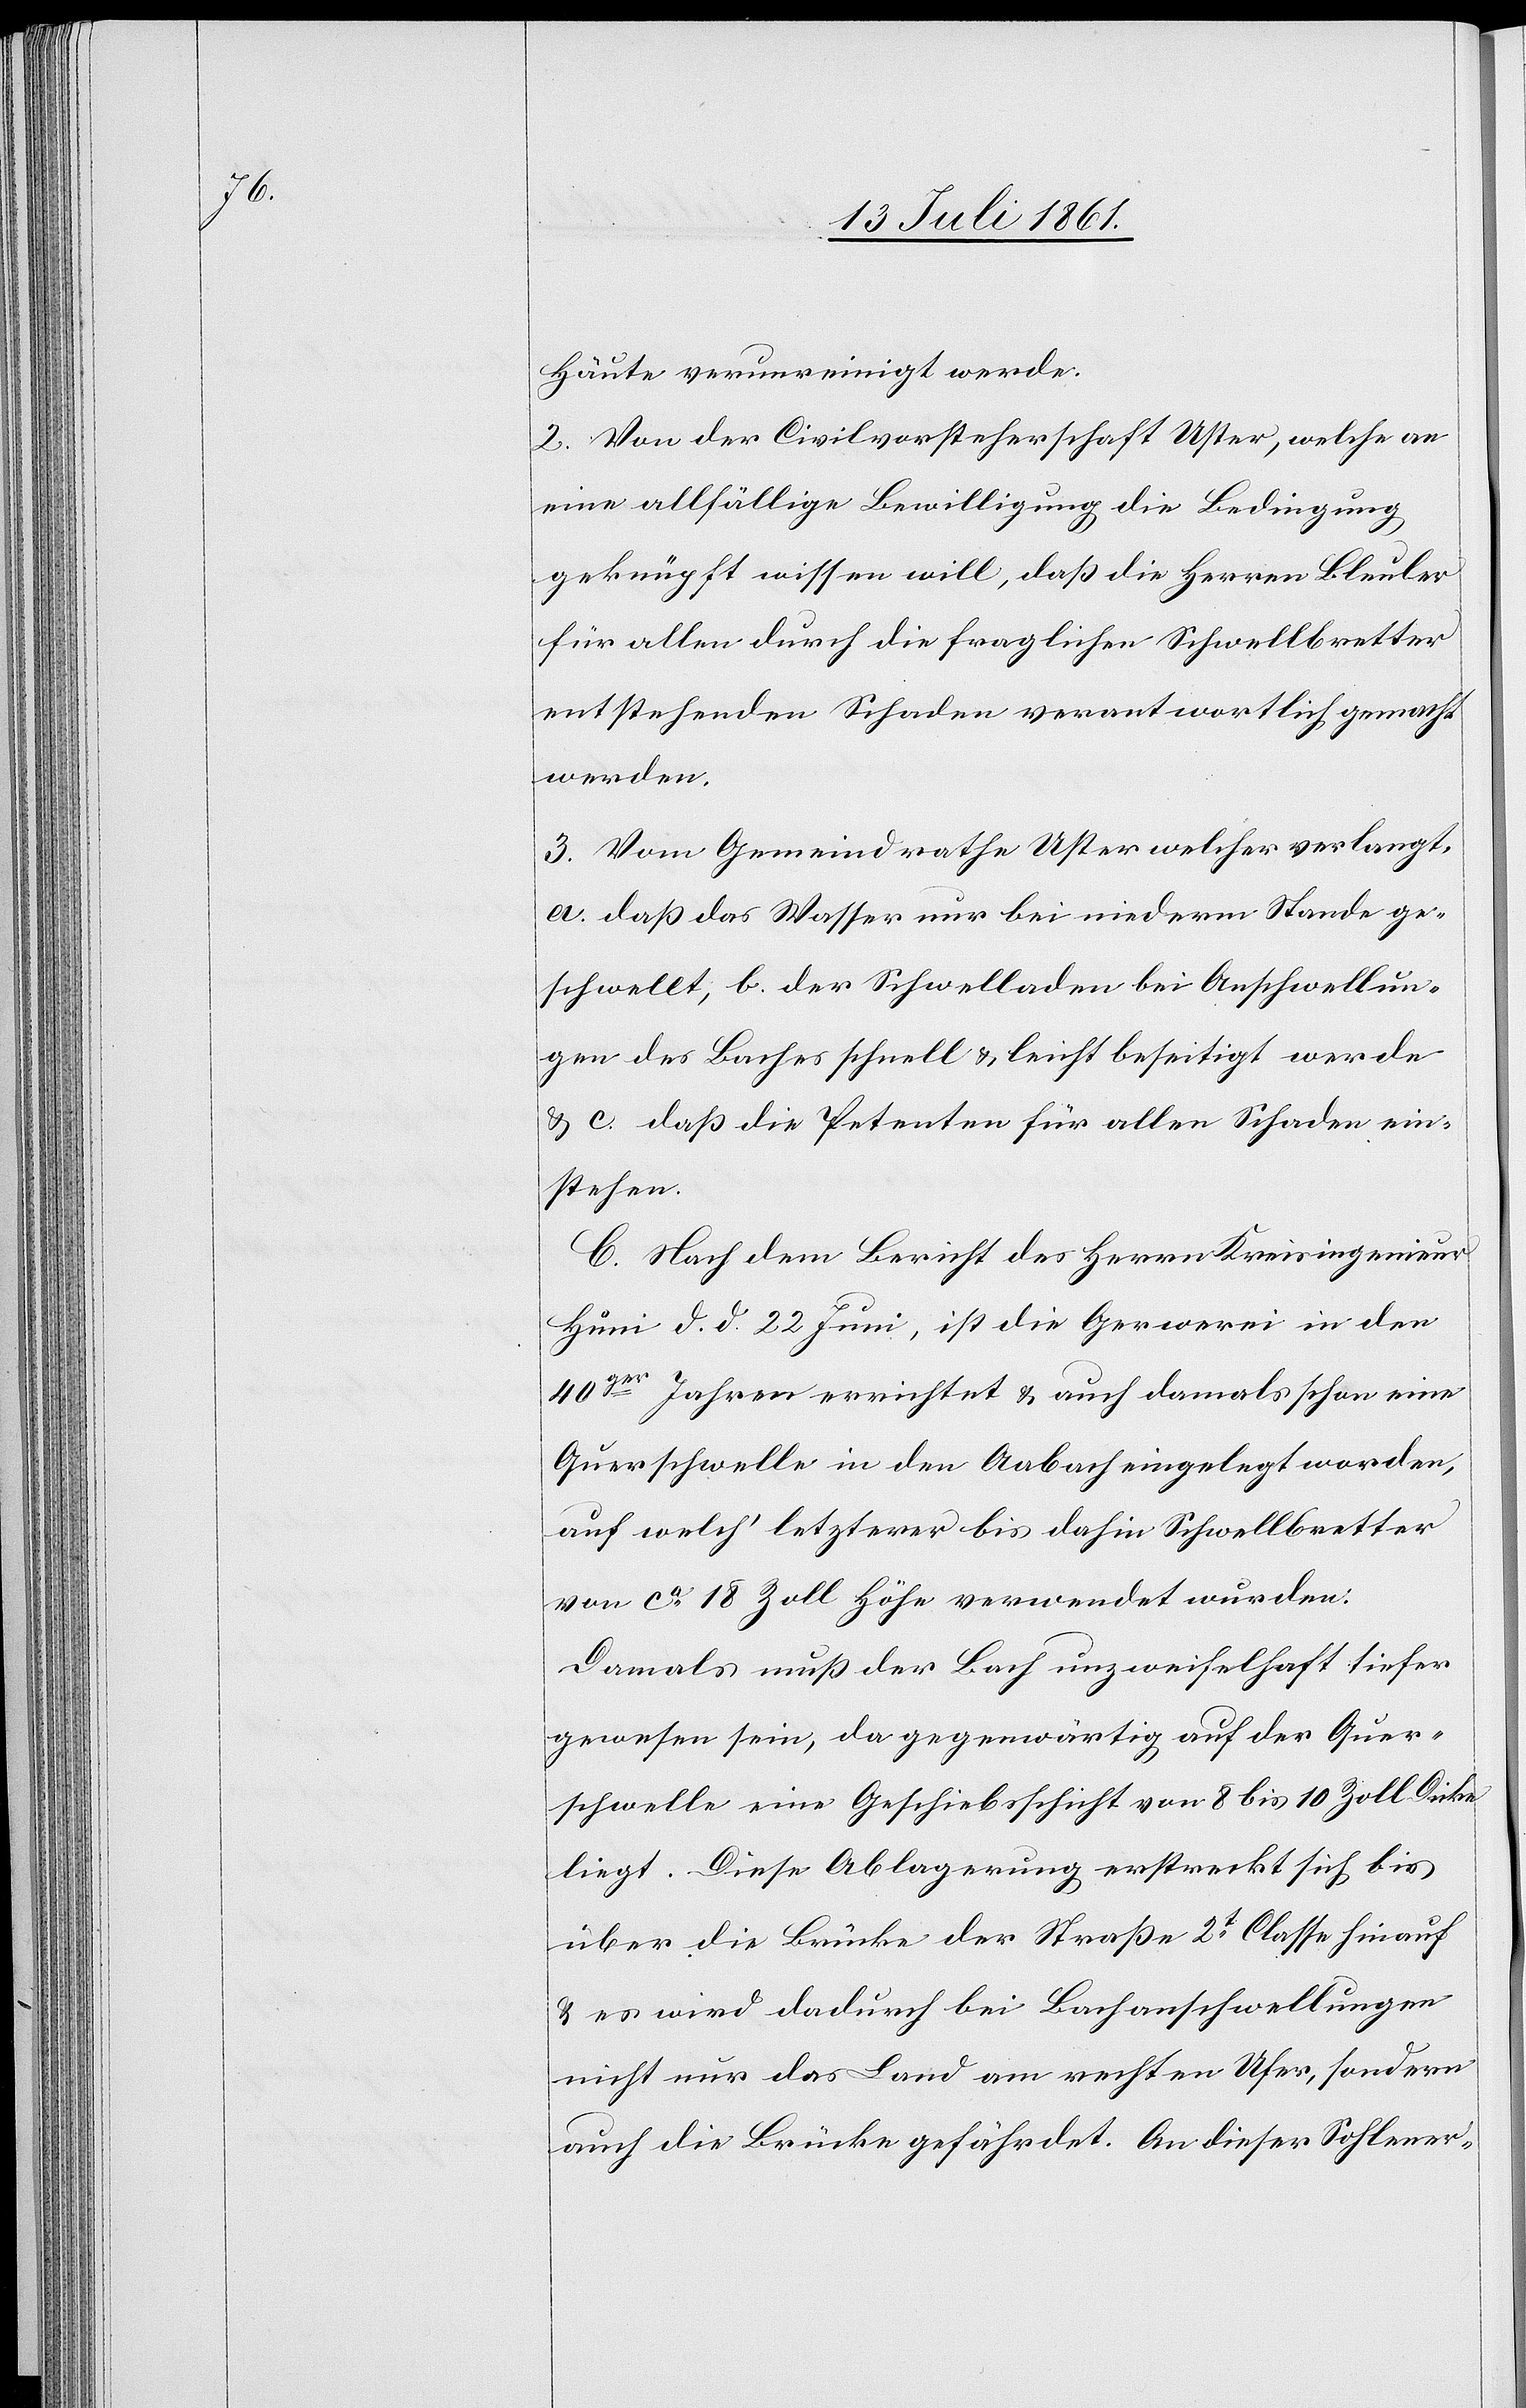
Häute verunreinigt werde.
2. Von der Civilvorsteherschaft Uster, welche an
eine allfällige Bewilligung die Bedingung
geknüpft wissen will, daß die Herren Bleuler
für allen durch die fraglichen Schwellbretter
entsprechenden Schaden verantwortlich gemacht
werden.
3. Vom Gemeindrathe Uster welcher verlangt,
a. daß das Wasser nur bei niederm Stande ge¬
schwellt, b. der Schwelladen bei Anschwellun¬
gen des Baches schnell u. leicht beseitigt werde
u. c. daß die Petenten für allen Schaden ein¬
stehen.
C. Nach dem Berichte des Herrn Kreisingenieur
Hüni d. d. 22 Juni, ist die Gewerei in den
40ger Jahren errichtet u. auch damals schon eine
Querschwelle in den Aabach eingelegt worden,
auf welch’ letztererer bis dahin Schwellbretter
von ca 18 Zoll Höhe verwendet wurden:
Damals muß der Bach unzweifelhaft tiefer
gewesen sein, da gegenwärtig auf der Quer¬
schwelle eine Geschiebsschicht von 8 bis 10 Zoll Dicke
liegt. Diese Ablagerung erstreckt sich bis
über die Brücke der Straße 2t Classe hinauf
u. es wird dadurch bei Bachanschwellungen
nicht nur das Land am rechten Ufer, sondern
auch die Brücke gefährdet. An dieser Sohlener-